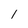
Character: l